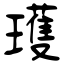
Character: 瓁